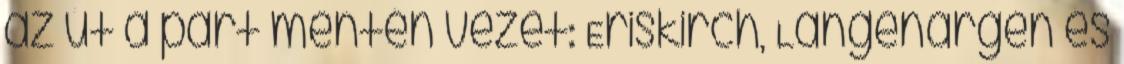
az út a part mentén vezet: Eriskirch, Langenargen és